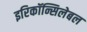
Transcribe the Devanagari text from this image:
इरिकॉन्सिलेबल